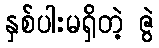
နှစ်ပါးမရှိတဲ့ ဇွဲ